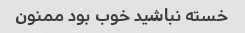
خسته نباشید خوب بود ممنون